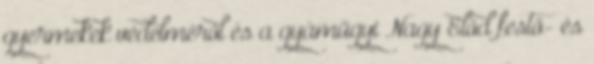
gyermekek védelméről és a gyámügyi Nagy Előd festő- és